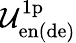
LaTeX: \mathcal{U}_{\mathrm{en(de)}}^{\mathrm{1p}}